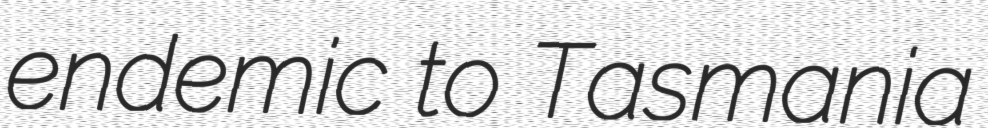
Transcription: endemic to Tasmania